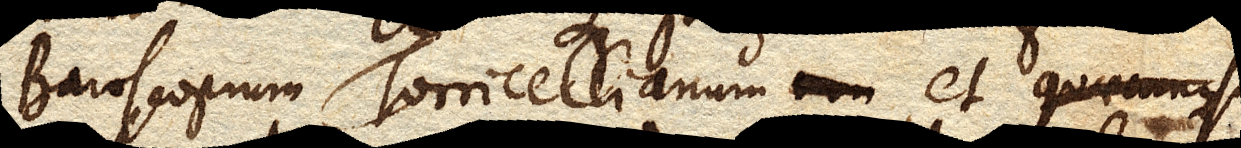
Baroscopium Torricellianum, et quaecunque